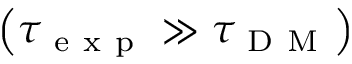
\left( \tau _ { \mathrm { ~ e ~ x ~ p ~ } } \gg \tau _ { \mathrm { ~ D ~ M ~ } } \right)